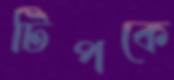
টিপকে